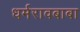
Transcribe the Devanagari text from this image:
धर्मरावबाबा